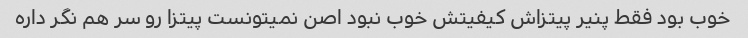
خوب بود فقط پنیر پیتزاش کیفیتش خوب نبود اصن نمیتونست پیتزا رو سر هم نگر داره